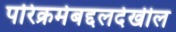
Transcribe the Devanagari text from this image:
परिक्रमेबद्दलदेखील